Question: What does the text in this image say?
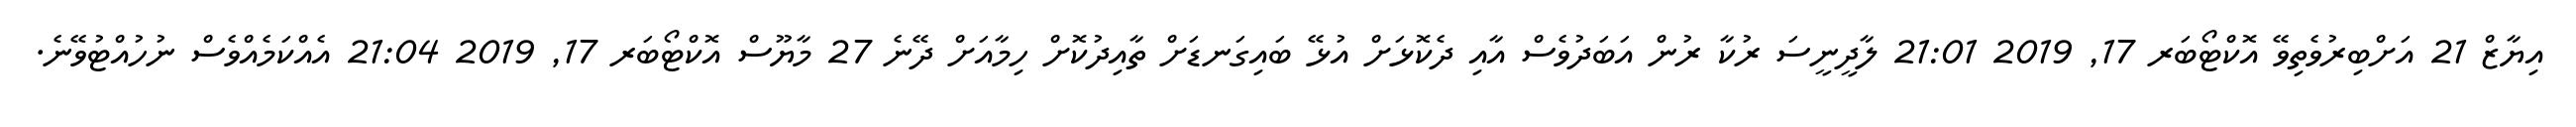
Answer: އިޔާޒް 21 އަށްބިރުވެތިވޭ އޮކްޓޯބަރ 17, 2019 21:01 ލާދީނީސަ ރުކާ ރުން އަބަދުވެސް އާއި ދެކޮޅަށް އުޅޭ ބައިގަނޑަށް ތާއިދުކޮށް ހިމާއަށް ދޭނެ 27 މާޔޫސް އޮކްޓޯބަރ 17, 2019 21:04 އެއްކަމެއްވެސް ނުހުއްޓުވޭނެ.